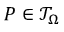
{ P } \in \mathcal { T } _ { \Omega }